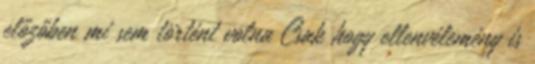
előzőben mi sem történt volna Csak hogy ellenvélemény is